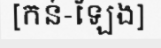
[កន់-ឡែង]